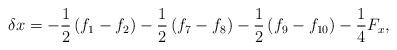
LaTeX: \begin{align*}\delta x = - \frac{1}{2}\left( {{f_1} - {f_2}} \right) - \frac{1}{2}\left( {{f_7} - {f_8}} \right) - \frac{1}{2}\left( {{f_9} - {f_{10}}} \right) - \frac{1}{4}{F_x},\end{align*}